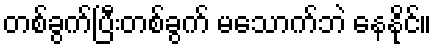
တစ်ခွက်ပြီးတစ်ခွက် မသောက်ဘဲ နေနိုင်။